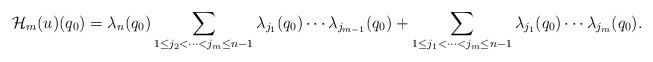
LaTeX: \begin{align*} \mathcal{H}_m(u)(q_0) = \lambda_{n}(q_0) \sum\limits_{1\leq j_2<\dots<j_m\leq n-1}\lambda_{j_1}(q_0) \cdots\lambda_{j_{m-1}}(q_0)+ \sum\limits_{1\leq j_1<\dots<j_m\leq n-1}\lambda_{j_1}(q_0)\cdots\lambda_{j_m}(q_0). \end{align*}